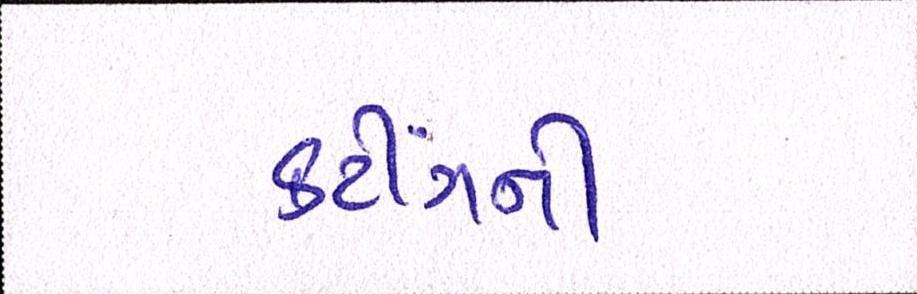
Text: કટીંગની